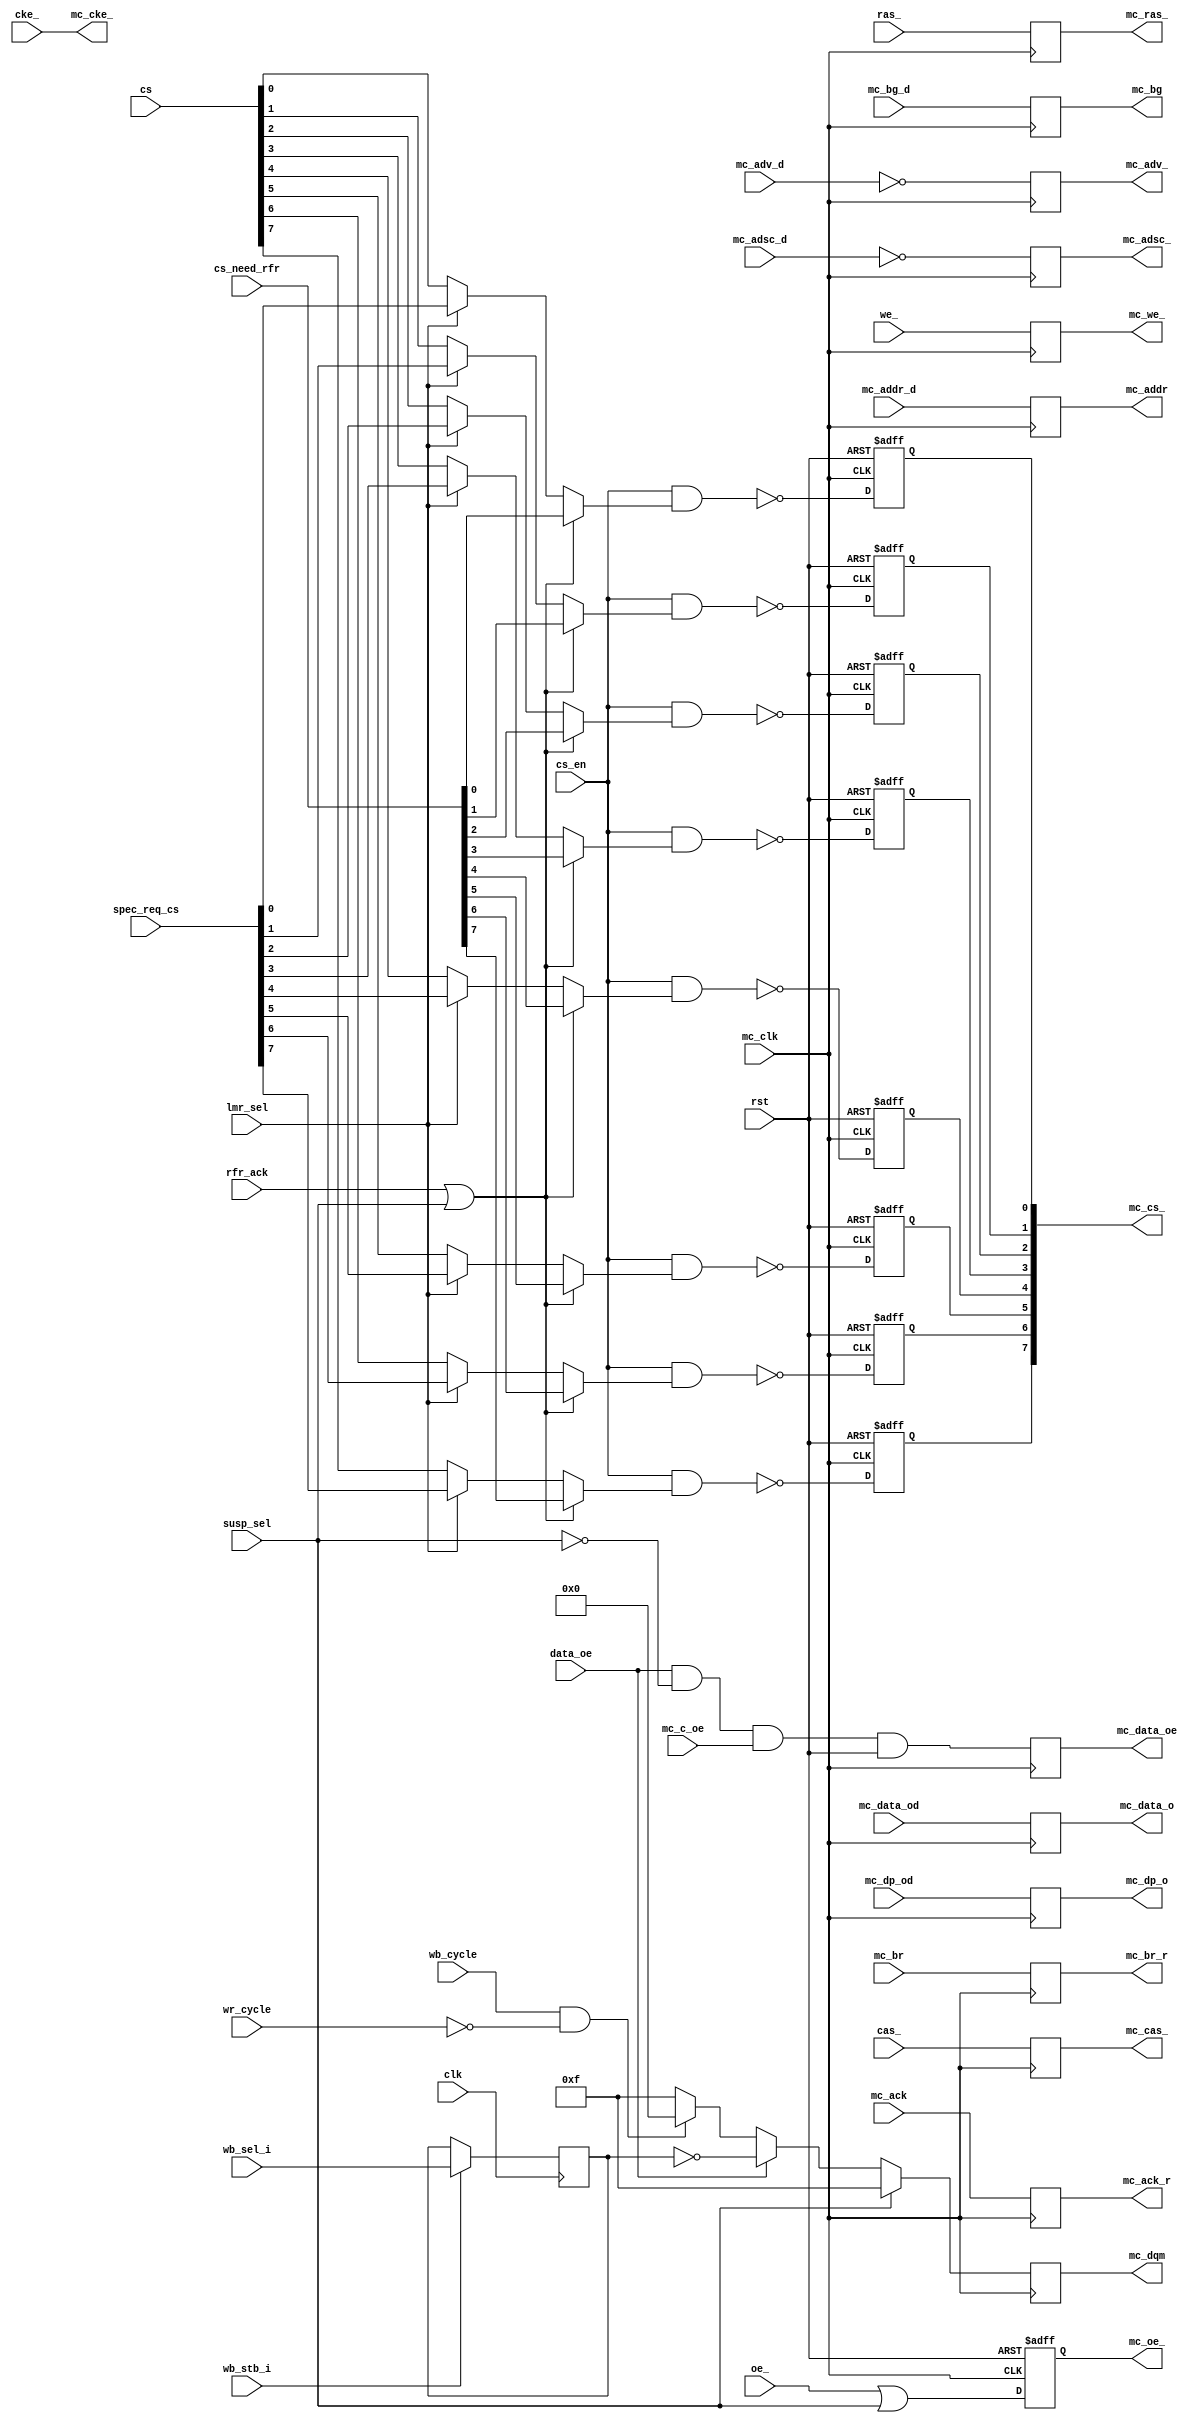
module mc_mem_if(clk, rst, mc_clk, mc_br, mc_bg, 
		mc_addr, mc_data_o, mc_dp_o, mc_data_oe,
		mc_dqm, mc_oe_, mc_we_, mc_cas_, mc_ras_, mc_cke_, mc_cs_,
		mc_adsc_, mc_adv_, mc_ack,
		mc_br_r, mc_bg_d, mc_data_od, mc_dp_od, mc_addr_d, mc_ack_r, we_,
		ras_, cas_, cke_, mc_adsc_d, mc_adv_d, cs_en, rfr_ack, cs_need_rfr,
		lmr_sel, spec_req_cs, cs, data_oe, susp_sel, mc_c_oe, oe_,
		wb_stb_i, wb_sel_i, wb_cycle, wr_cycle
		);
// Memory Interface
input		clk;
input		rst;
input		mc_clk;
input		mc_br;
output		mc_bg;
output	[23:0]	mc_addr;
output	[31:0]	mc_data_o;
output	[3:0]	mc_dp_o;
output		mc_data_oe;
output	[3:0]	mc_dqm;
output		mc_oe_;
output		mc_we_;
output		mc_cas_;
output		mc_ras_;
output		mc_cke_;
output	[7:0]	mc_cs_;
output		mc_adsc_;
output		mc_adv_;
input		mc_ack;

// Internal Interface
output		mc_br_r;
input		mc_bg_d;
input		data_oe;
input		susp_sel;
input		mc_c_oe;
input	[31:0]	mc_data_od;
input	[3:0]	mc_dp_od;
input	[23:0]	mc_addr_d;
output		mc_ack_r;
input		wb_stb_i;
input	[3:0]	wb_sel_i;
input		wb_cycle;
input		wr_cycle;
input		oe_ ;
input		we_;
input		ras_;
input		cas_;
input		cke_;
input		cs_en;
input		rfr_ack;
input	[7:0]	cs_need_rfr;
input		lmr_sel;
input	[7:0]	spec_req_cs;
input	[7:0]	cs;
input		mc_adsc_d;
input		mc_adv_d;

////////////////////////////////////////////////////////////////////
//
// Local Wires
//

reg		mc_data_oe;
reg	[31:0]	mc_data_o;
reg	[3:0]	mc_dp_o;
reg	[3:0]	mc_dqm;
reg	[3:0]	mc_dqm_r;
reg	[23:0]	mc_addr;
reg		mc_oe_;
reg		mc_we_;
reg		mc_cas_;
reg		mc_ras_;
wire		mc_cke_;
reg	[7:0]	mc_cs_;
reg		mc_bg;
reg		mc_adsc_;
reg		mc_adv_;
reg		mc_br_r;
reg		mc_ack_r;

//integer	n;

////////////////////////////////////////////////////////////////////
//
// Misc Logic
//

always @(posedge mc_clk)
	mc_br_r <= #1 mc_br;

always @(posedge mc_clk)
	mc_ack_r <= #1 mc_ack;

always @(posedge mc_clk)
	mc_bg <= #1 mc_bg_d;

always @(posedge mc_clk)
	mc_data_oe <= #1 data_oe & !susp_sel & mc_c_oe & rst;

always @(posedge mc_clk)
	mc_data_o <= #1 mc_data_od;

always @(posedge mc_clk)
	mc_dp_o <= #1 mc_dp_od;

always @(posedge mc_clk)
	mc_addr <= #1 mc_addr_d;

always @(posedge clk)
	if(wb_stb_i)
		mc_dqm_r <= #1 wb_sel_i;

always @(posedge mc_clk)
	mc_dqm <= #1	susp_sel ? 4'hf :
			data_oe ? ~mc_dqm_r :
			(wb_cycle & !wr_cycle) ? 4'h0 : 4'hf;

always @(posedge mc_clk or negedge rst)
	if(!rst)	mc_oe_ <= #1 1'b1;
	else		mc_oe_ <= #1 oe_ | susp_sel;

always @(posedge mc_clk)
	mc_we_ <= #1 we_;

always @(posedge mc_clk)
	mc_cas_ <= #1 cas_;

always @(posedge mc_clk)
	mc_ras_ <= #1 ras_;

assign	mc_cke_ = cke_;

/*	Apparently Synopsys Can't handle this ....
always @(posedge mc_clk)
	for(n=0;n<8;n=n+1)
	   mc_cs_[n] <= #1 ~(cs_en & (
				(rfr_ack | susp_sel) ? cs_need_rfr[n] :
				lmr_sel ? spec_req_cs[n] :
				cs[n]
			));
*/

always @(posedge mc_clk or negedge rst)
	if(!rst)	mc_cs_[0] <= #1 1'b1;
	else
	mc_cs_[0] <= #1 ~(cs_en & (
				(rfr_ack | susp_sel) ? cs_need_rfr[0] :
				lmr_sel ? spec_req_cs[0] :
				cs[0]
			));

always @(posedge mc_clk or negedge rst)
	if(!rst)	mc_cs_[1] <= #1 1'b1;
	else
	   mc_cs_[1] <= #1 ~(cs_en & (
				(rfr_ack | susp_sel) ? cs_need_rfr[1] :
				lmr_sel ? spec_req_cs[1] :
				cs[1]
			));

always @(posedge mc_clk or negedge rst)
	if(!rst)	mc_cs_[2] <= #1 1'b1;
	else
	   mc_cs_[2] <= #1 ~(cs_en & (
				(rfr_ack | susp_sel) ? cs_need_rfr[2] :
				lmr_sel ? spec_req_cs[2] :
				cs[2]
			));

always @(posedge mc_clk or negedge rst)
	if(!rst)	mc_cs_[3] <= #1 1'b1;
	else
	   mc_cs_[3] <= #1 ~(cs_en & (
				(rfr_ack | susp_sel) ? cs_need_rfr[3] :
				lmr_sel ? spec_req_cs[3] :
				cs[3]
			));

always @(posedge mc_clk or negedge rst)
	if(!rst)	mc_cs_[4] <= #1 1'b1;
	else
	   mc_cs_[4] <= #1 ~(cs_en & (
				(rfr_ack | susp_sel) ? cs_need_rfr[4] :
				lmr_sel ? spec_req_cs[4] :
				cs[4]
			));

always @(posedge mc_clk or negedge rst)
	if(!rst)	mc_cs_[5] <= #1 1'b1;
	else
	   mc_cs_[5] <= #1 ~(cs_en & (
				(rfr_ack | susp_sel) ? cs_need_rfr[5] :
				lmr_sel ? spec_req_cs[5] :
				cs[5]
			));

always @(posedge mc_clk or negedge rst)
	if(!rst)	mc_cs_[6] <= #1 1'b1;
	else
	   mc_cs_[6] <= #1 ~(cs_en & (
				(rfr_ack | susp_sel) ? cs_need_rfr[6] :
				lmr_sel ? spec_req_cs[6] :
				cs[6]
			));

always @(posedge mc_clk or negedge rst)
	if(!rst)	mc_cs_[7] <= #1 1'b1;
	else
	   mc_cs_[7] <= #1 ~(cs_en & (
				(rfr_ack | susp_sel) ? cs_need_rfr[7] :
				lmr_sel ? spec_req_cs[7] :
				cs[7]
			));

always @(posedge mc_clk)
	mc_adsc_ <= #1 ~mc_adsc_d;

always @(posedge mc_clk)
	mc_adv_  <= #1 ~mc_adv_d;

endmodule